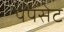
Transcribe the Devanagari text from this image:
पंपसेट